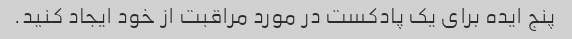
پنج ایده برای یک پادکست در مورد مراقبت از خود ایجاد کنید.